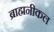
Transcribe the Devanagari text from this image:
ब्राह्मनीकल